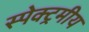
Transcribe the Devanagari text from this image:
स्पेक्ट्रमीय